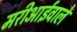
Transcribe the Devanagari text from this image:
मरीआईवाले